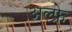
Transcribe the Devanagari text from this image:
अल्फ्रे